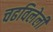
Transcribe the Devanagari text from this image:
चढविलेली